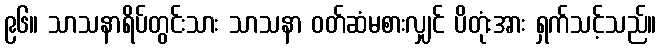
၉၆။ သာသနာရိပ်တွင်းသား သာသနာ ဝတ်ဆံမစားလျှင် ပိတုံးအား ရှက်သင့်သည်။